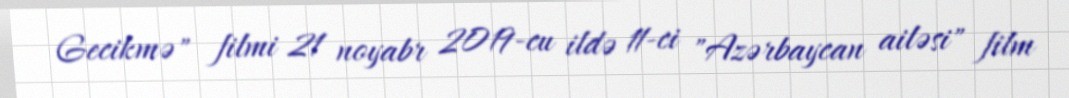
Gecikmə" filmi 21 noyabr 2019-cu ildə 11-ci "Azərbaycan ailəsi" film